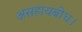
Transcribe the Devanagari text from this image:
असहायबोध।